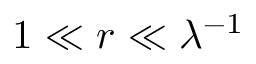
1 \ll r \ll \lambda ^ { - 1 }